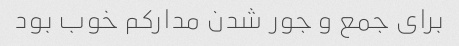
برای جمع و جور شدن مدارکم خوب بود